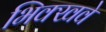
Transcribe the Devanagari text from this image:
भिक्खवे